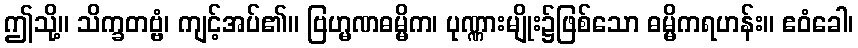
ဤသို့။ သိက္ခတဗ္ဗံ၊ ကျင့်အပ်၏။ ဗြဟ္မဏဓမ္မိက၊ ပုဏ္ဏားမျိုး၌ဖြစ်သော ဓမ္မိကရဟန်း။ ဧဝံခေါ၊